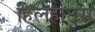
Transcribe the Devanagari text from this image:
हिलहाउस